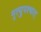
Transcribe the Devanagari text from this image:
मृत्युपश्चात्